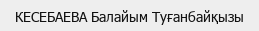
КЕСЕБАЕВА Балайым Туғанбайқызы